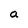
Character: a